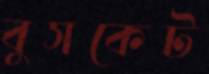
বুসকেট